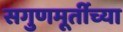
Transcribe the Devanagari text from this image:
सगुणमूर्तीच्या